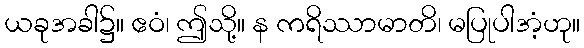
ယခုအခါ၌။ ဧဝံ၊ ဤသို့။ န ကရိဿာမာတိ၊ မပြုပါအံ့ဟု။